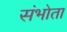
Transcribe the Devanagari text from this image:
संभोता